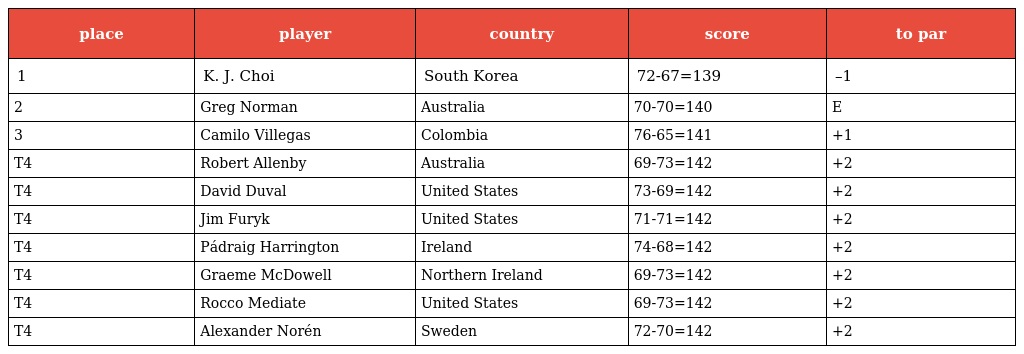
| place | player | country | score | to par |
 | --- | --- | --- | --- | --- |
 | 1 | K. J. Choi | South Korea | 72-67=139 | –1 |
 | 2 | Greg Norman | Australia | 70-70=140 | E |
 | 3 | Camilo Villegas | Colombia | 76-65=141 | +1 |
 | T4 | Robert Allenby | Australia | 69-73=142 | +2 |
 | T4 | David Duval | United States | 73-69=142 | +2 |
 | T4 | Jim Furyk | United States | 71-71=142 | +2 |
 | T4 | Pádraig Harrington | Ireland | 74-68=142 | +2 |
 | T4 | Graeme McDowell | Northern Ireland | 69-73=142 | +2 |
 | T4 | Rocco Mediate | United States | 69-73=142 | +2 |
 | T4 | Alexander Norén | Sweden | 72-70=142 | +2 |